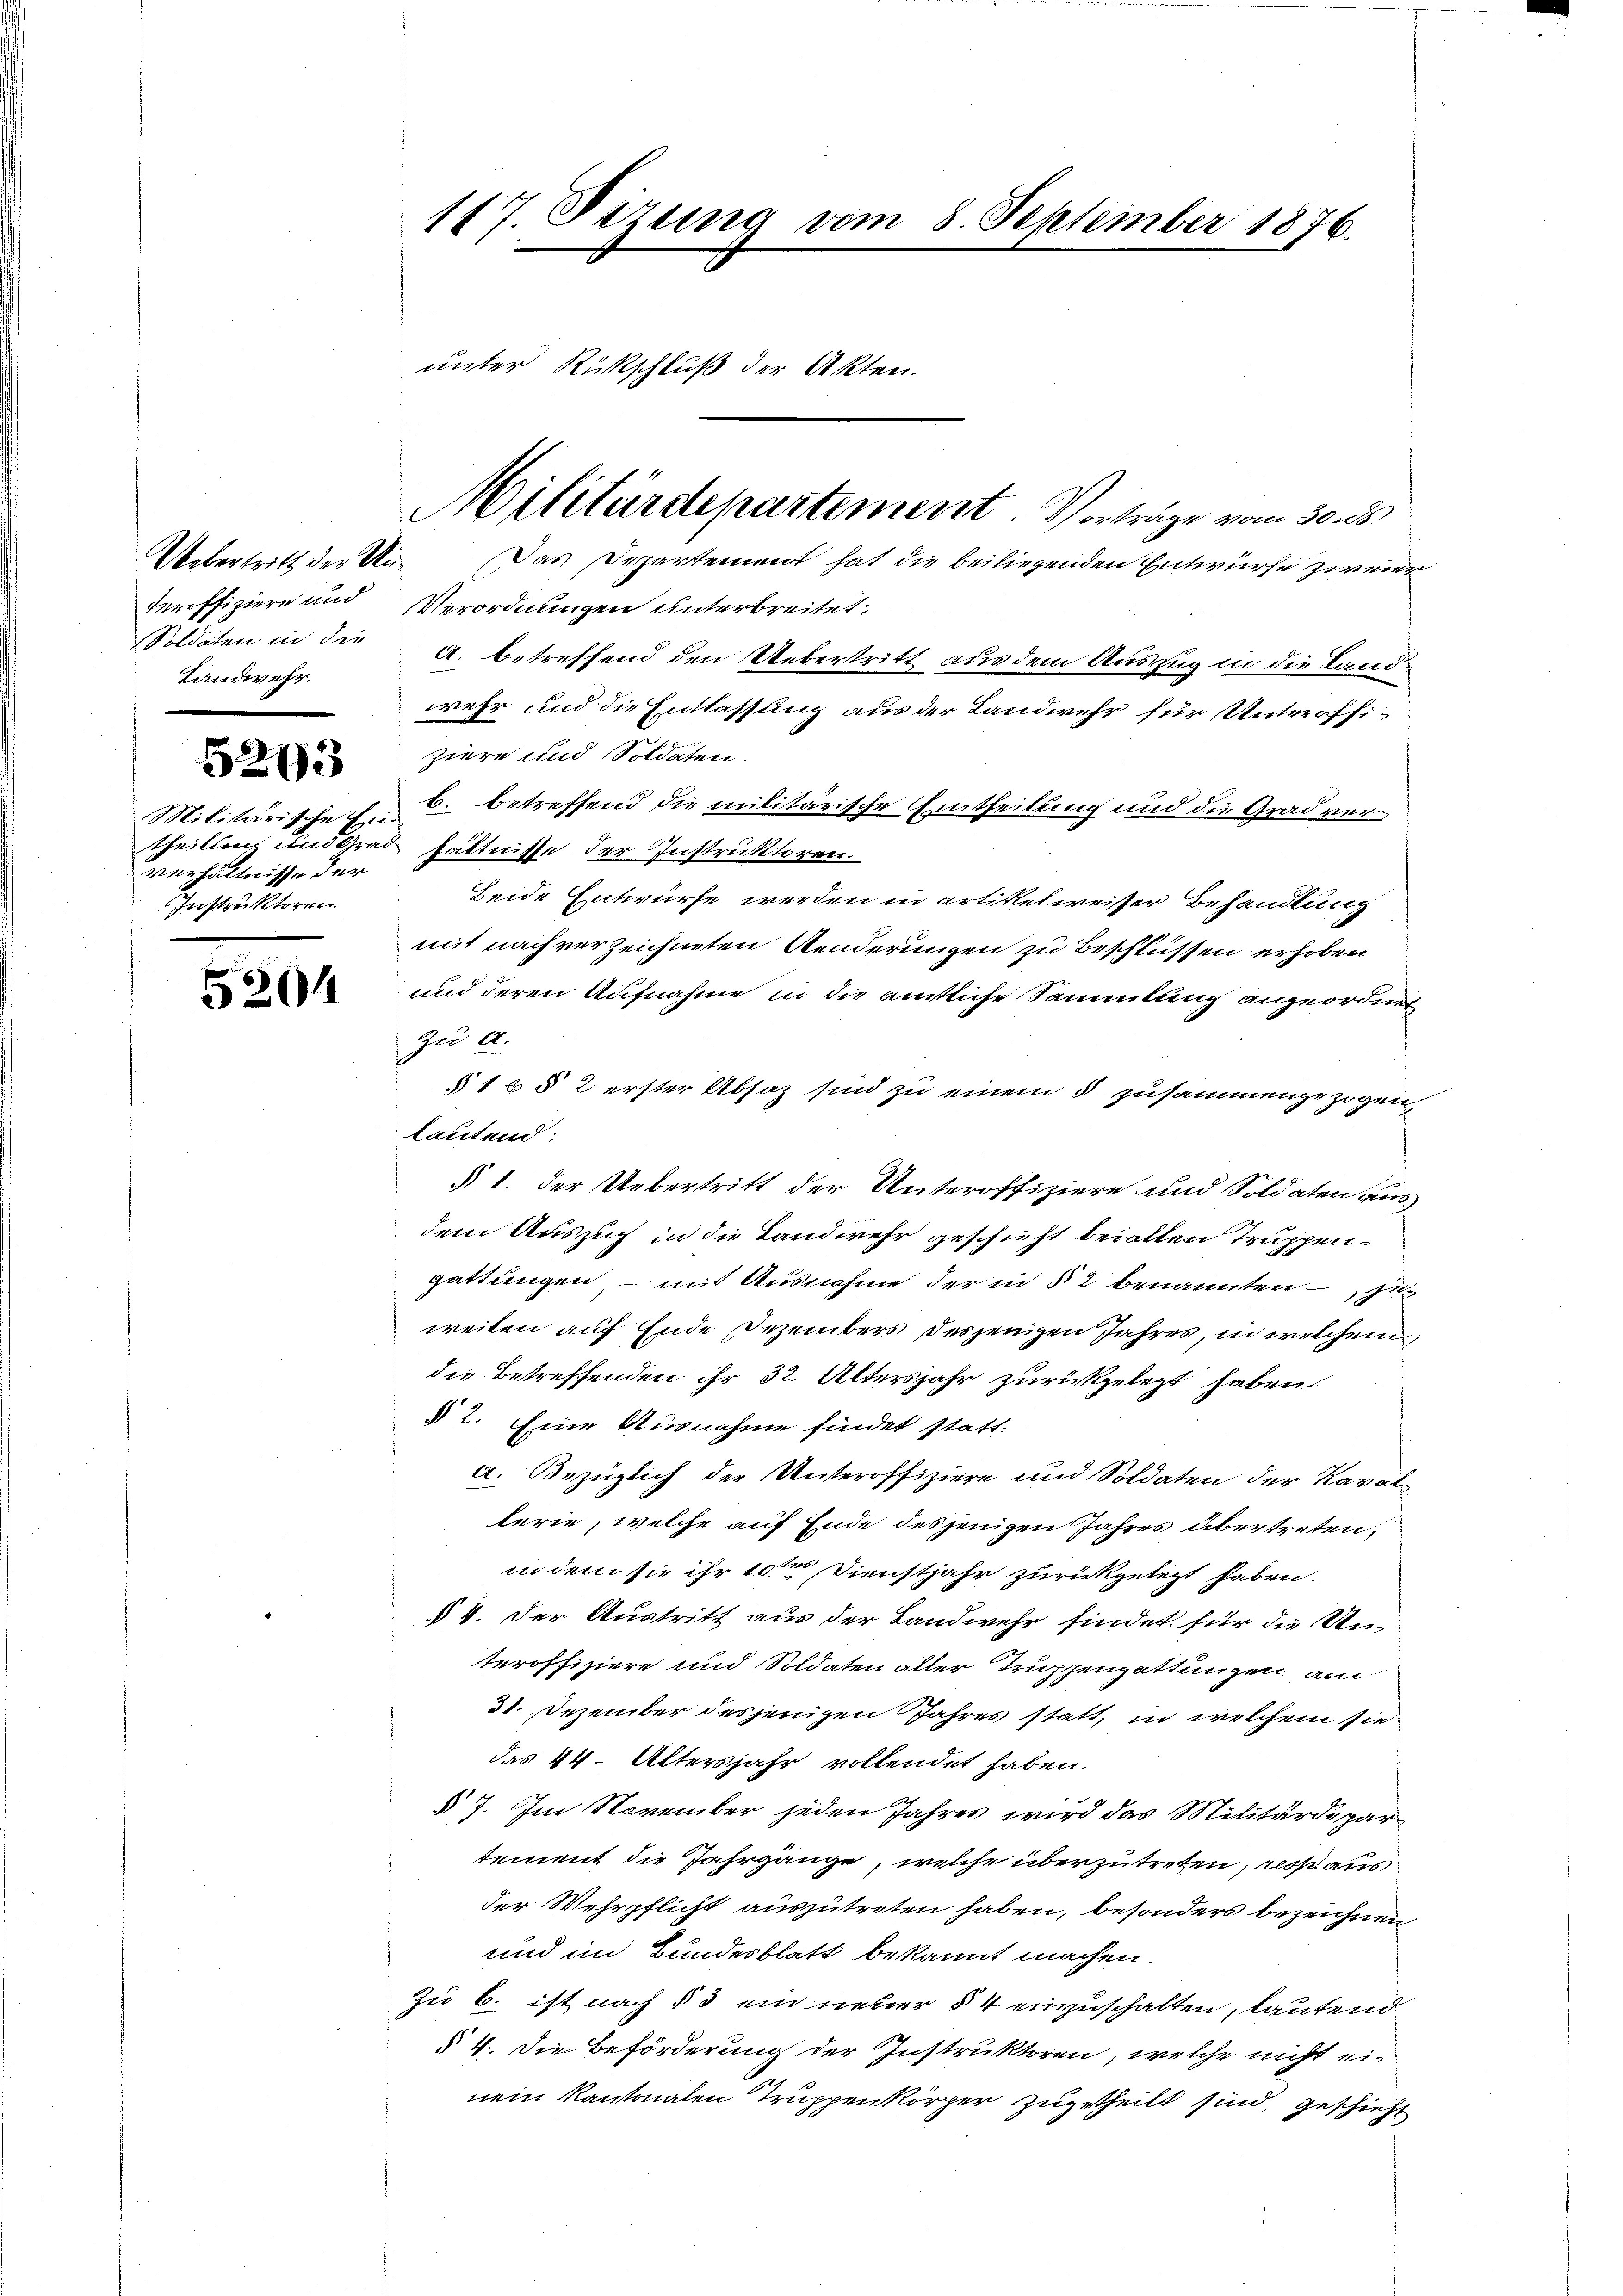
Uebertritt der Un¬
Landwehr.

5243

Militärische Ein
verhältnisse der
Instruktoren

5204

Das Departement hat die beiliegenden Entwurfe zweier
teroffiziere und Verordnungen unterbreitet.
Soldaten in die a. betreffend den Uebertritt aus dem Auszug in die Landwehr und die Entlassung aus der Landwehr für Unteroffiziere und Soldaten.
b. betreffend die militärische Eintheilung und die Grad vertheilung und Grad hältnisse der Instruktoren.
Beide Entwürfe werden in artikelweiser Behandlung
mit nach verzeichneten Aenderungen zu Beschlüssen erhoben
und deren Aufnahme in die amtliche Sammlung angeordnet
zu A.
§ 1 § 2 erster Absaz sind zu einem 5 zusammengezogen
tautend:
§ 1. der Uebertritt der Unteroffiziere und Soldaten ausdem Auszug in die Landwehr geschieht bei allen Truppengattungen - mit Ausnahme der in § 2 benannten, zuweilen auf Ende Dezembers desjenigen Jahres, in welchem
die Betreffenden ihr 32. Altersjahr zurückgelegt haben.
§ 2. Eine Ausnahme findet statt.
a. Bezüglich der Unteroffiziere und Soldaten der Kavallerie, welche auf Ende desjenigen Jahres übertreten,
in dem sie ihr 10ten Dienstjahr zurückgelegt haben.
§ 4. Der Austritt aus der Landwehr findet für die Unteroffiziere und Soldaten aller Truppengattungen am
31. Dezember desjenigen Jahres statt, in welchem sie
das 44. Altersjahr vollendet haben.
§ 7. Im November jeden Jahres wird das Militärdepar
dement die Jahrgänge, welche überzutreten, ress aus
der Wehrpflicht auszutreten haben, besonders bezeichnen
und im Bundesblatt bekannt machen.
Zu 6. ist nach § 3 ein neuer § 4 einzuschalten, lautend
§ 4. Die Beförderung der Instruktoren, welche nicht ei-
nein Kantonalen Truppenkörper zugetheilt sind, geschieht

117. Sizung vom 8. September 1876.
2
unter Rückschluß der Akten.

Militärdepartement. Vorträge vom 30. 23.